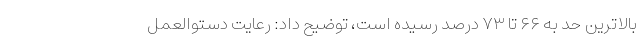
بالاترین حد به ۶۶ تا ۷۳ درصد رسیده است، توضیح داد: رعایت دستوالعمل